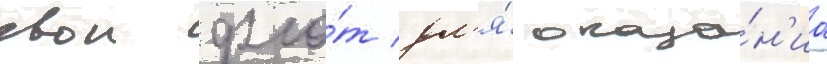
свои фло́т дл'я́ оказа́н'иа